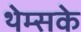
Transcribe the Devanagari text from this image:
थेम्सके